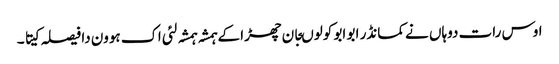
اوس رات دوہاں نے کمانڈر ابو ابو کولوںجان چھڑا کے ہمشہ ہمشہ لئی اک ہوون دا فیصلہ کیتا ۔